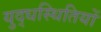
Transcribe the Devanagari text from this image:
युद्धस्थितियों